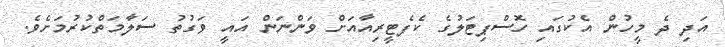
އަދި ދެ މީހުން އެކުގައި ހޮސްޕިޓަލުގެ ކެފެޓީރިއާއަށް ވަންނަން އައީ ވަގުތު ސަލާމަތްކުރުމަށެވެ.